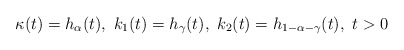
\begin{align*}\kappa(t) = h_\alpha(t),\ k_1(t) = h_\gamma(t),\ k_2(t)=h_{1-\alpha-\gamma}(t),\ t>0\end{align*}